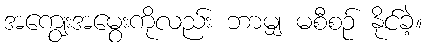
အကျွေးအမွေးကိုလည်း ဘာမျှ မစီစဉ် နိုင်ခဲ့။